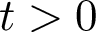
t > 0